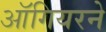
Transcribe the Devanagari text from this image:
ऑगियरने